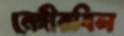
নেঙ্গীরবিল